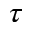
\boldsymbol { \tau }